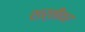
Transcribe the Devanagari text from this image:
शर्तींवर